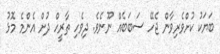
ބަޔަކު ކުށްވެރިވާން ޖެހޭ ސަބަބެއް ނޫނެވެ. ދިވެހި ތާރީހް ދުށް އެންމެ މޮޅު